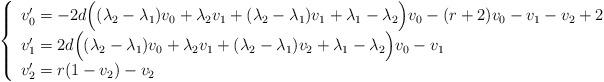
LaTeX: \begin{align*}\left\{\begin{array}{lll}v_0' = -2d \Big( (\lambda_2-\lambda_1)v_0 + \lambda_2 v_1 +(\lambda_2-\lambda_1)v_1 + \lambda_1-\lambda_2 \Big) v_0 - (r+2) v_0 - v_1 - v_2 +2\\v_1' = 2d \Big( (\lambda_2-\lambda_1)v_0 + \lambda_2 v_1 + (\lambda_2-\lambda_1)v_2 + \lambda_1-\lambda_2 \Big) v_0 - v_1\\v_2'= r(1-v_2)-v_2\end{array}\right.\end{align*}